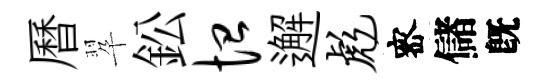
曆翆鈆恤邂彪宻儲旣